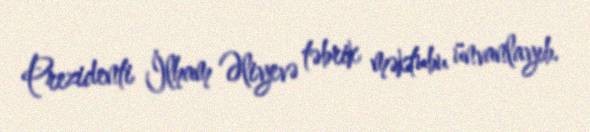
Prezidenti İlham Əliyevə təbrik məktubu ünvanlayıb.